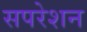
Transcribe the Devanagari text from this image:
सपरेशन